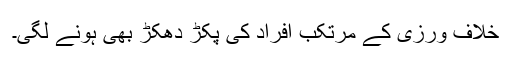
خلاف ورزی کے مرتکب افراد کی پکڑ دھکڑ بھی ہونے لگی۔